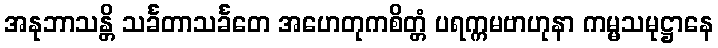
အနုဘာသန္တိ သင်္ခတာသင်္ခတေ အဟေတုကစိတ္တံ ပရက္ကမဗာဟုနာ ကမ္မသမုဋ္ဌာနေ